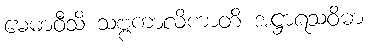
မေဓာဝီသိ သဗ္ဗကာလိကာတိ အဋ္ဌာရသဝိဓာ